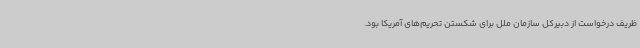
ظریف درخواست از دبیرکل سازمان ملل برای شکستن تحریم‌های آمریکا بود.